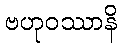
ဗဟုဝဿာနိ